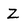
Character: Z